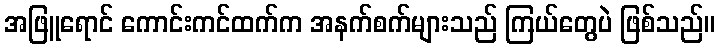
အဖြူရောင် ကောင်းကင်ထက်က အနက်စက်များသည် ကြယ်တွေပဲ ဖြစ်သည်။